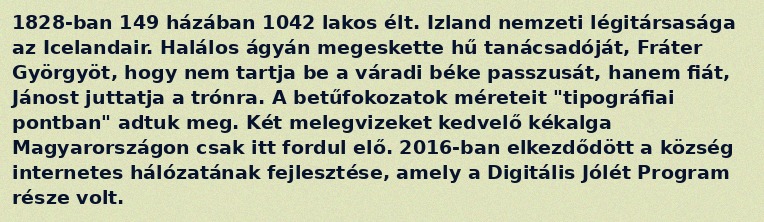
1828-ban 149 házában 1042 lakos élt. Izland nemzeti légitársasága az Icelandair. Halálos ágyán megeskette hű tanácsadóját, Fráter Györgyöt, hogy nem tartja be a váradi béke passzusát, hanem fiát, Jánost juttatja a trónra. A betűfokozatok méreteit "tipográfiai pontban" adtuk meg. Két melegvizeket kedvelő kékalga Magyarországon csak itt fordul elő. 2016-ban elkezdődött a község internetes hálózatának fejlesztése, amely a Digitális Jólét Program része volt.